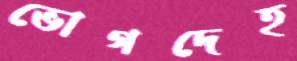
ভোগদেহ